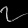
Digit: ၇